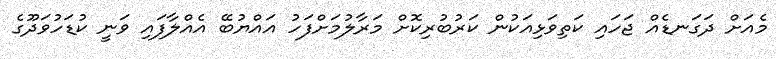
މެއަށް ދަގަނޑެއް ޖަހައި ކަތިވަޅިއަކުން ކަރުބުރިކޮށް މަރާލުމަށްފަހު އައްޔުބޭ އެއްލާފައި ވަނީ ކުޑަހުވަދޫގެ